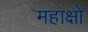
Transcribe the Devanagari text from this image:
महाक्षो